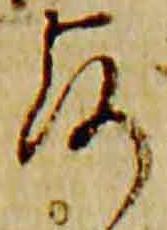
露